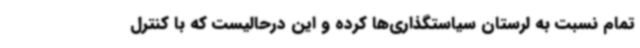
تمام نسبت به لرستان سیاستگذاری‌ها کرده و این درحالیست که با کنترل